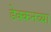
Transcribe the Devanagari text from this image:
डेक्कनच्या